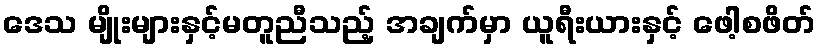
ဒေသ မျိုးများနှင့်မတူညီသည့် အချက်မှာ ယူရီးယားနှင့် ဖေါ့စဖိတ်